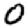
Digit: 0